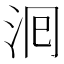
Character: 𭰁